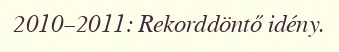
2010–2011: Rekorddöntő idény.